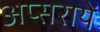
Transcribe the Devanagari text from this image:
अप्सरायें